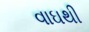
વાઘથી